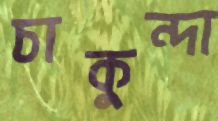
চাকুন্দা